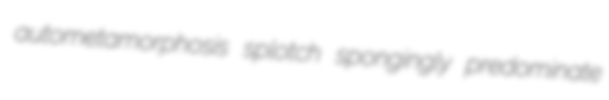
autometamorphosis splotch spongingly predominate